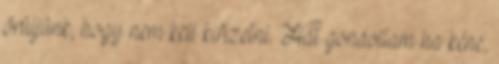
örüljünk, hogy nem kell kifizetni. Hát gondoltam ha kéne,